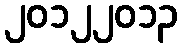
၂၀၁၂၂၀၁၃